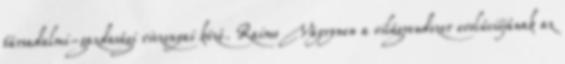
társadalmi-gazdasági viszonyai közé. Raimo Väyrynen a világrendszer evolúciójának az